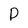
Character: P